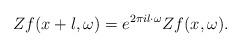
LaTeX: \begin{align*}Z f(x+l,\omega) = e^{2 \pi i l \cdot \omega} Z f(x,\omega).\end{align*}